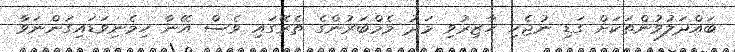
ބައްދަލުވުންތަކަށް ގަޑި ނުޖެހި ހާޒިރުވި މަދު މެމްބަރުންގެ ތެރޭގައި ވެސް އޭނާ ހިމެނިވަޑައިގަންނަވާ